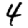
Digit: 4